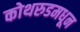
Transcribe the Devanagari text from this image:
कोथरुडमधून